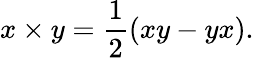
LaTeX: x\times y={\frac{1}{2}}(xy-yx).